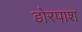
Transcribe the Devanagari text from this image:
डोरपाश